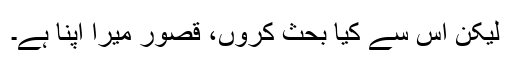
لیکن اس سے کیا بحث کروں، قصور میرا اپنا ہے۔